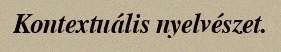
Kontextuális nyelvészet.